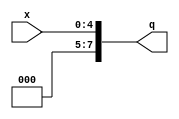
`timescale 1ns/1ns
module ZeroExtender (x, q);
  input [4:0] x;
  output [7:0] q;
  assign q = x;
endmodule